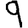
Digit: 9